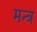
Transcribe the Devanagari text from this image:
मन्‍त्र